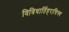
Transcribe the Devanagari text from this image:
विविधार्तिहराचिन्त्य